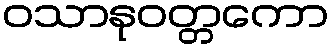
ဝသာနုဝတ္တကော